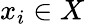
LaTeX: x_{i}\in X